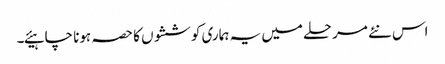
اس نئے مرحلے میں یہ ہماری کوششوں کا حصہ ہونا چاہیئے۔